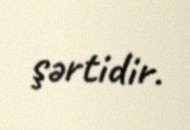
şərtidir.